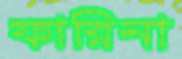
ফারিনা